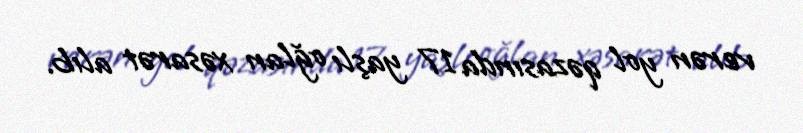
verən yol qəzasında 17 yaşlı oğlan xəsarət alıb.